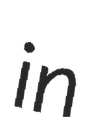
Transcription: in